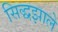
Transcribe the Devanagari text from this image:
सिद्धझाले